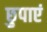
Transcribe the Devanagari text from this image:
छुपाएं